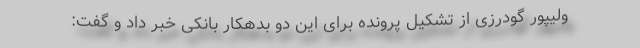
ولیپور گودرزی از تشکیل پرونده برای این دو بدهکار بانکی خبر داد و گفت: